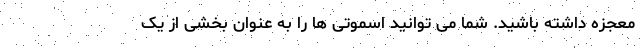
معجزه داشته باشید. شما می توانید اسموتی ها را به عنوان بخشی از یک